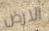
الارض